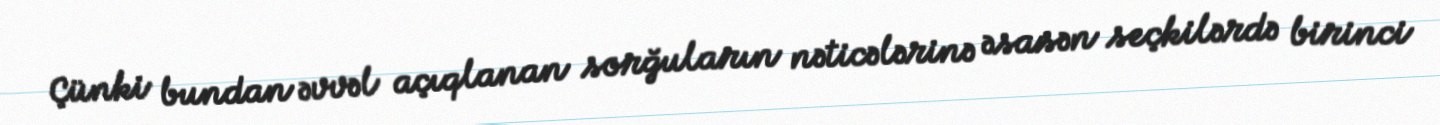
Çünki bundan əvvəl açıqlanan sorğuların nəticələrinə əsasən seçkilərdə birinci